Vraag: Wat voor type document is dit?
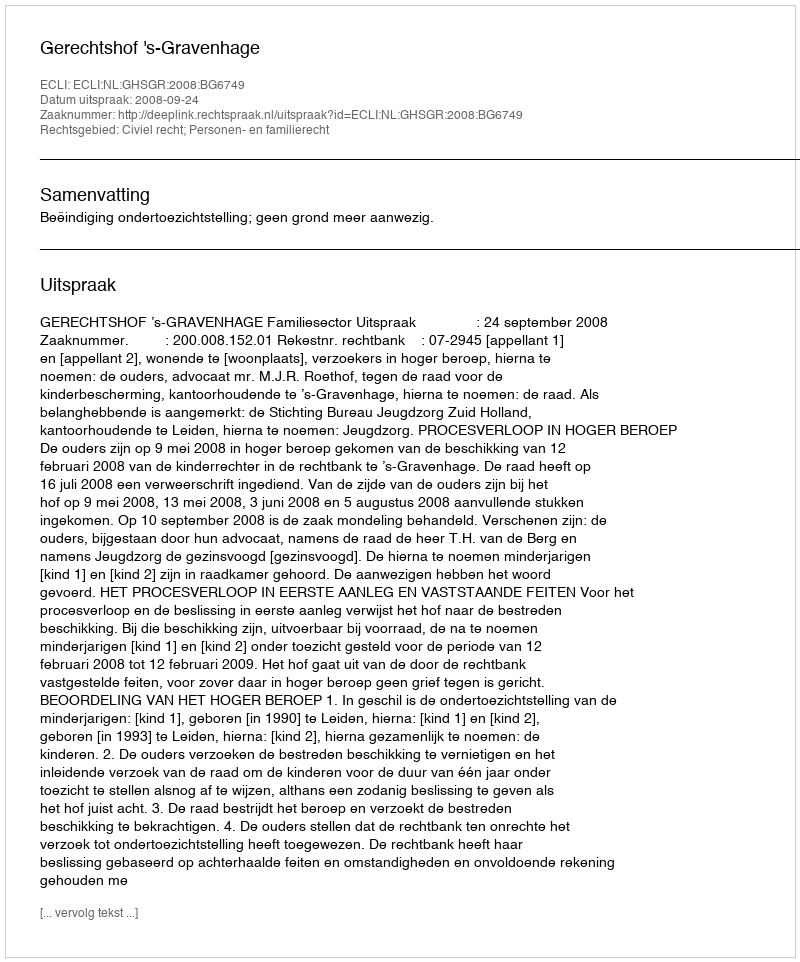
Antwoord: Uitspraak